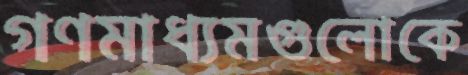
গণমাধ্যমগুলোকে